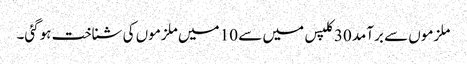
ملزموں سے برآمد 30 کلپس میں سے 10 میں ملزموں کی شناخت ہوگئی۔